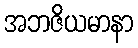
အဘဇိယမာနာ